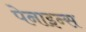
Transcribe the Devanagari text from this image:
पेनाइन्स